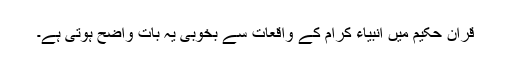
قرآن حکیم میں انبیاء کرام کے واقعات سے بخوبی یہ بات واضح ہوتی ہے۔